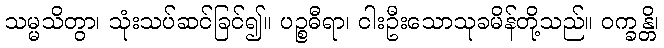
သမ္မသိတွာ၊ သုံးသပ်ဆင်ခြင်၍။ ပဉ္စဓီရာ၊ ငါးဦးသောသုခမိန်တို့သည်။ ဝက္ခန္တိ၊